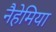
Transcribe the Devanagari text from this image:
नैहेमिया